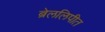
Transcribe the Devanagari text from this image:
ब्रेललिपीत